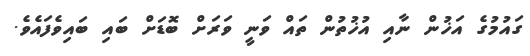
ގައުމުގެ އަޚުން ނާއި އުޚުތުން ތައް ވަނީ ވަރަށް ބޮޑަށް ބައި ބައިވެފައެވެ.